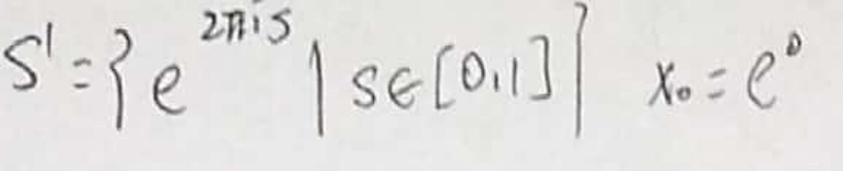
$S ^ { 1 } = \{ e ^ { 2 \pi i s } \mid s \in [ 0,1 ] \} \quad x _ { 0 } = e ^ { 0 }$